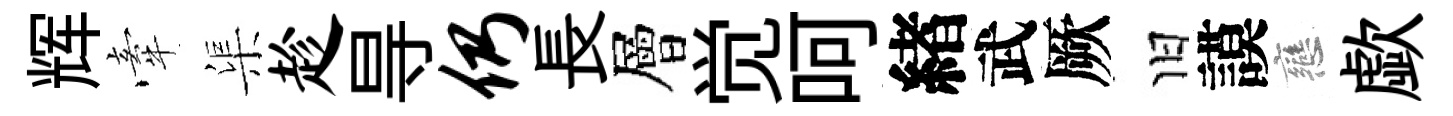
辉牽渠趁㝵仍長層觉呵緖武厥旧謨戀歔